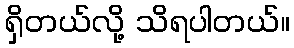
ရှိတယ်လို့ သိရပါတယ်။